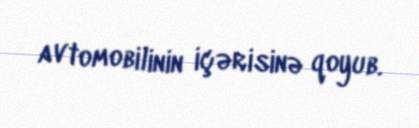
avtomobilinin içərisinə qoyub.